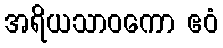
အရိယသာဝကော ဧဝံ